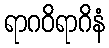
ရာဂဝိရာဂိနံ